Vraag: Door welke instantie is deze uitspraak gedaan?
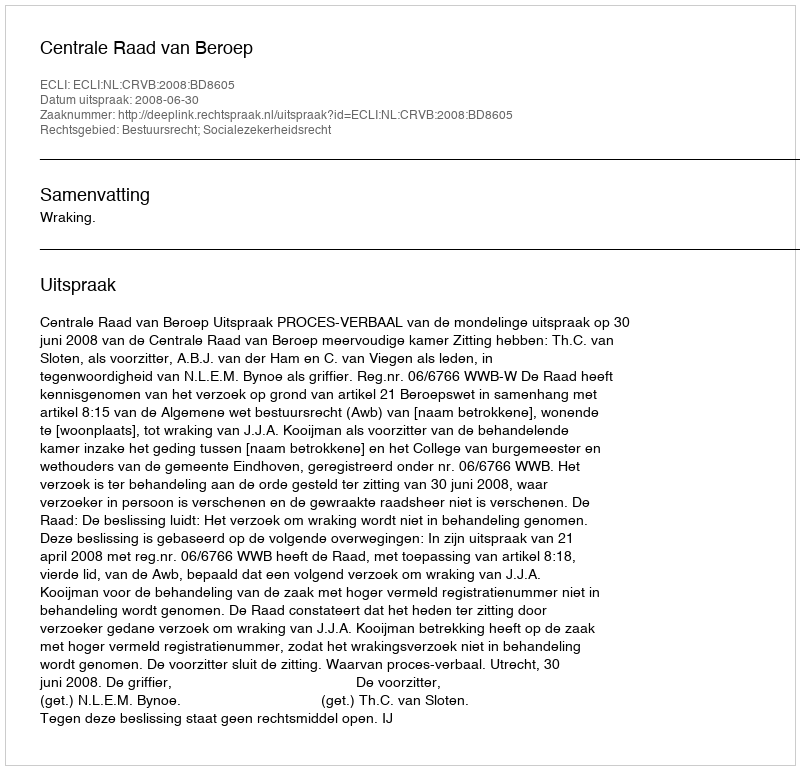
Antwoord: Centrale Raad van Beroep